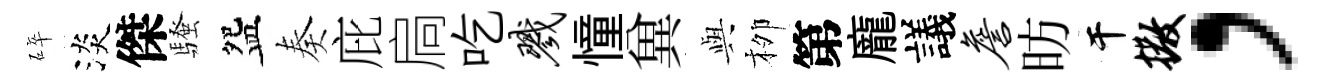
碎淡傑騷盌奏庇扃吃戮憧兾𫤰栁第龐議詹昉干撒，